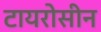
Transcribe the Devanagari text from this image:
टायरोसीन